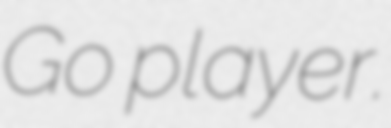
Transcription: Go player.